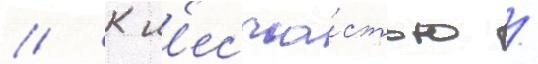
// К н'есча́стью /